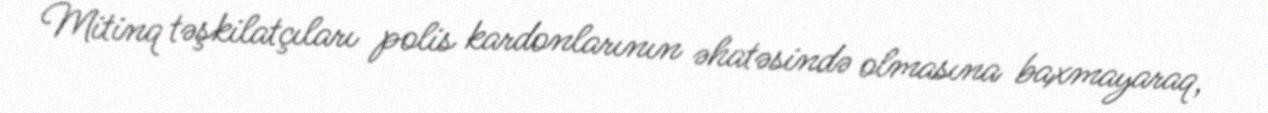
Mitinq təşkilatçıları polis kardonlarının əhatəsində olmasına baxmayaraq,